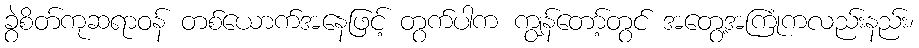
ခွဲစိတ်ကုဆရာဝန် တစ်ယောက်အနေဖြင့် တွက်ပါက ကျွန်တော့်တွင် အတွေ့အကြုံကလည်းနည်း၊